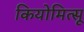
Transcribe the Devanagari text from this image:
कियोमित्सू